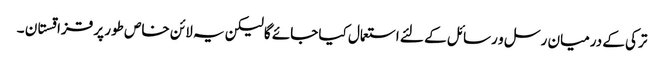
ترکی کے درمیان رسل و رسائل کے لئے استعمال کیا جائے گا لیکن یہ لائن خاص طور پر قزاقستان ۔